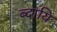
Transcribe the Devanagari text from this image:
ब्दायि